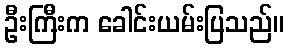
ဦးကြီးက ခေါင်းယမ်းပြသည်။